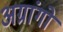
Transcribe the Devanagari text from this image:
अग्रांगो